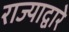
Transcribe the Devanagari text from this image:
राज्याद्वारे